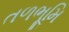
તળભૂમિ